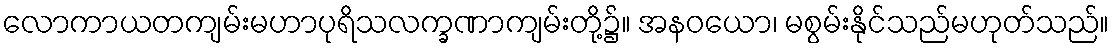
လောကာယတကျမ်းမဟာပုရိသလက္ခဏာကျမ်းတို့၌။ အနဝယော၊ မစွမ်းနိုင်သည်မဟုတ်သည်။